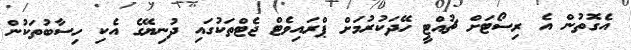
އެގޮތުން އެ ރިސޯޓަށް ޗުއްޓީ ހޭދަކުރުމަށް ޕްރައިވެޓް ޖެޓްތަކުގައި ދުނިޔޭގެ އެކި ހިސާބުތަކުން